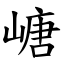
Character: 嵣